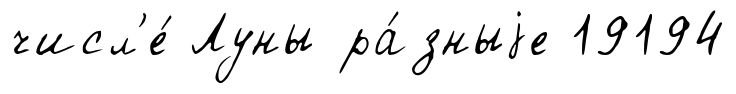
числ'е́ Луны ра́зныjе 19194